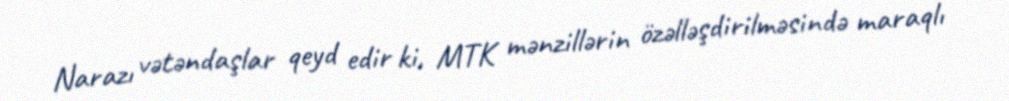
Narazı vətəndaşlar qeyd edir ki, MTK mənzillərin özəlləşdirilməsində maraqlı